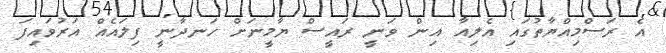
އެ ރަސްމިއްޔާތުގައި އެލިއާ އިން ވަނީ ރައީސް ޔާމީނަށް ހަނދާނީ ފިލައެއް އަރުވައިފަ